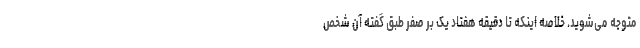
متوجه می‌شوید. خلاصه اینکه تا دقیقه هفتاد یک بر صفر طبق گفته آن شخص